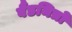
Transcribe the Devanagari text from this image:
बैंडमित्रों